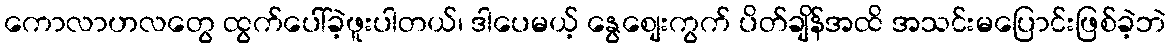
ကောလာဟလတွေ ထွက်ပေါ်ခဲ့ဖူးပါတယ်၊ ဒါပေမယ့် နွေစျေးကွက် ပိတ်ချိန်အထိ အသင်းမပြောင်းဖြစ်ခဲ့ဘဲ